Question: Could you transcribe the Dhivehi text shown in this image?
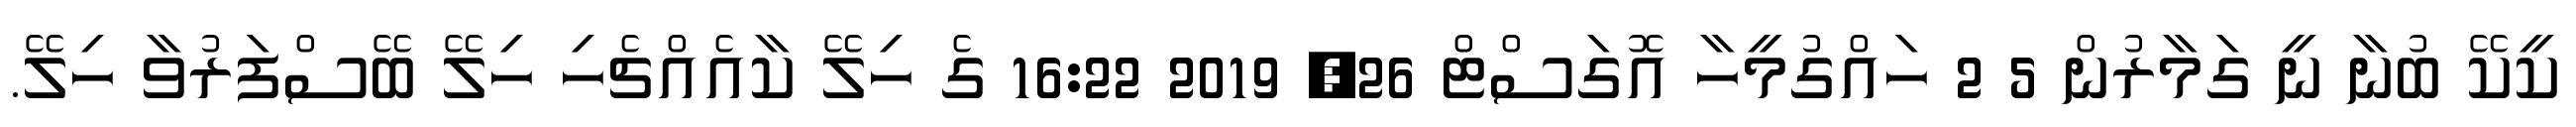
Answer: ކީކޭ ބުނާ ނީ ގަމާރުން 5 2 ހައްގުމީހާ އޮގަސްޓް 26, 2019 16:22 ގެ ހިލޭ ކާއެއްޗެހި ހިލޭ ބޭސްފަރުވާ ހިލޭ.